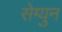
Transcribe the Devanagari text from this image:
सेग्युन